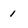
Character: 1